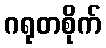
ဂရုတစိုက်